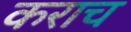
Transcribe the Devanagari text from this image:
कराच